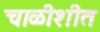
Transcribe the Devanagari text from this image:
चाळीशीत